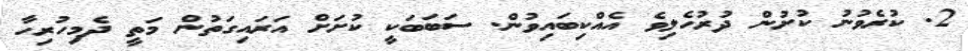
2. ކުރެވުނު ކުށުން ދުރުހެލިވެ އެއްކިބައިވުން. ސަބަބަކީ ކުށަށް އަރައިގަތުން މަތީ ދެމިހުރިހާ